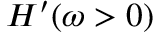
H ^ { \prime } ( \omega > 0 )